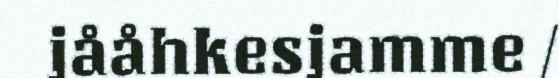
jååhkesjamme /